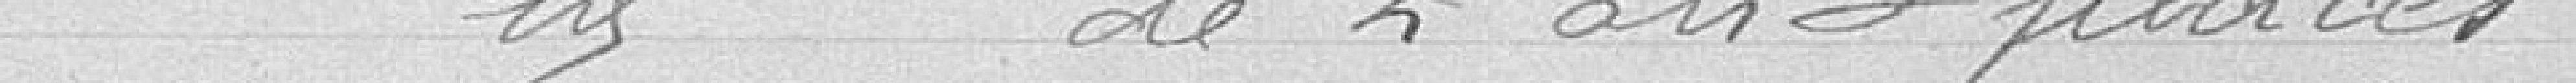
par chalet de 2 ou 3 places